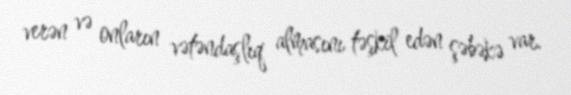
verən və onların vətəndaşlıq almasını təşkil edən şəbəkə var.